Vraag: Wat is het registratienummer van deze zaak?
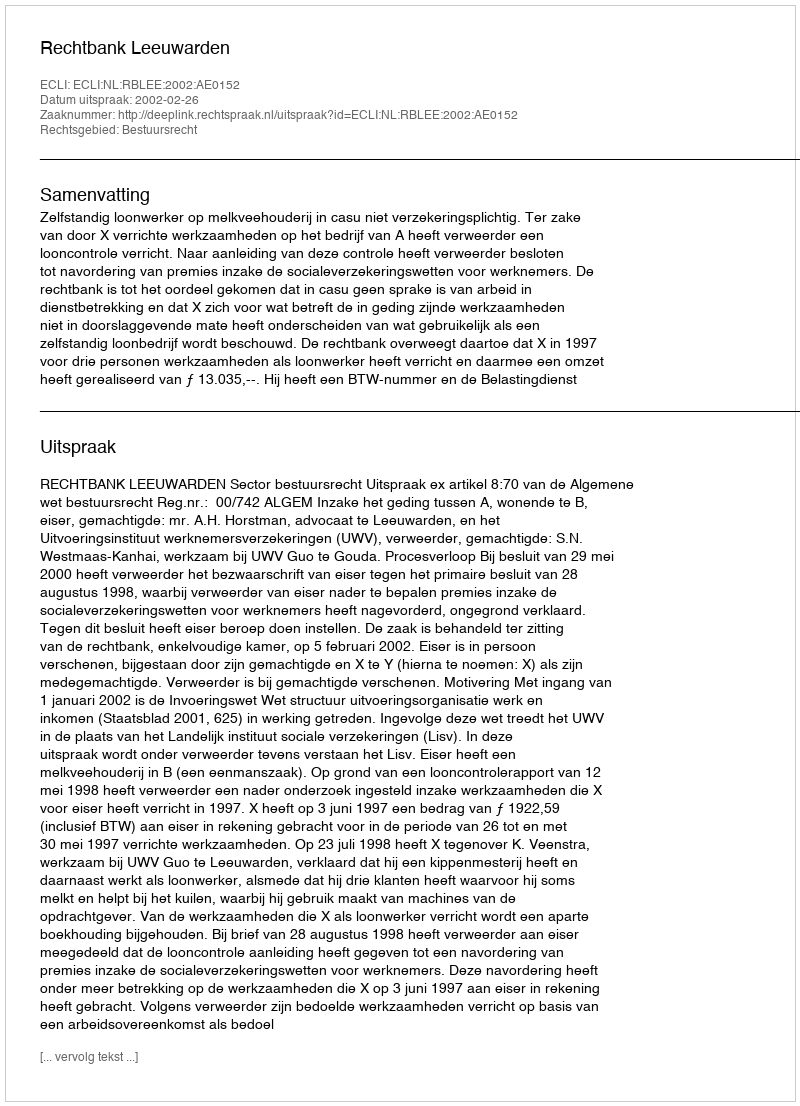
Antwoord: http://deeplink.rechtspraak.nl/uitspraak?id=ECLI:NL:RBLEE:2002:AE0152